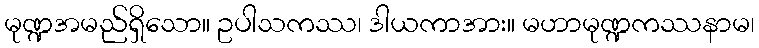
မုဏ္ဍအမည်ရှိသော။ ဥပါသကဿ၊ ဒါယကာအား။ မဟာမုဏ္ဍကဿနာမ၊